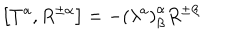
LaTeX: \left[ T ^ { a } , R ^ { \pm \alpha } \right] = - \left( \lambda ^ { a } \right) _ { \beta } ^ { \alpha } R ^ { \pm \beta }